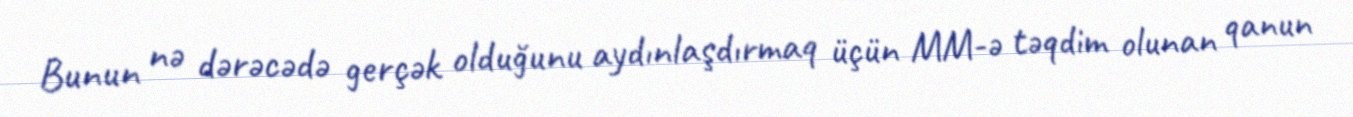
Bunun nə dərəcədə gerçək olduğunu aydınlaşdırmaq üçün MM-ə təqdim olunan qanun